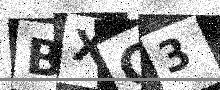
Text: BXG3